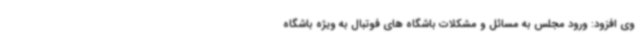
وی افزود: ورود مجلس به مسائل و مشکلات باشگاه های فوتبال به ویژه باشگاه